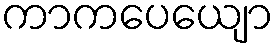
ကာကပေယျော